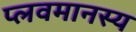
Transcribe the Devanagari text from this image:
प्लवमानस्य